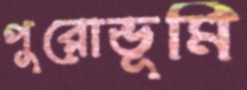
পুরোভূমি